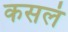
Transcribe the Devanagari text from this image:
कसलं